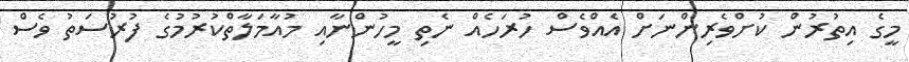
މީގެ އިތުރުން ކުށްވެރިންނަށް އެއްވެސް ހުރަހެއް ނެތި މީހުންނާއި މުއާމަލާތްކުރުމުގެ ފުރުސަތު ވެސް